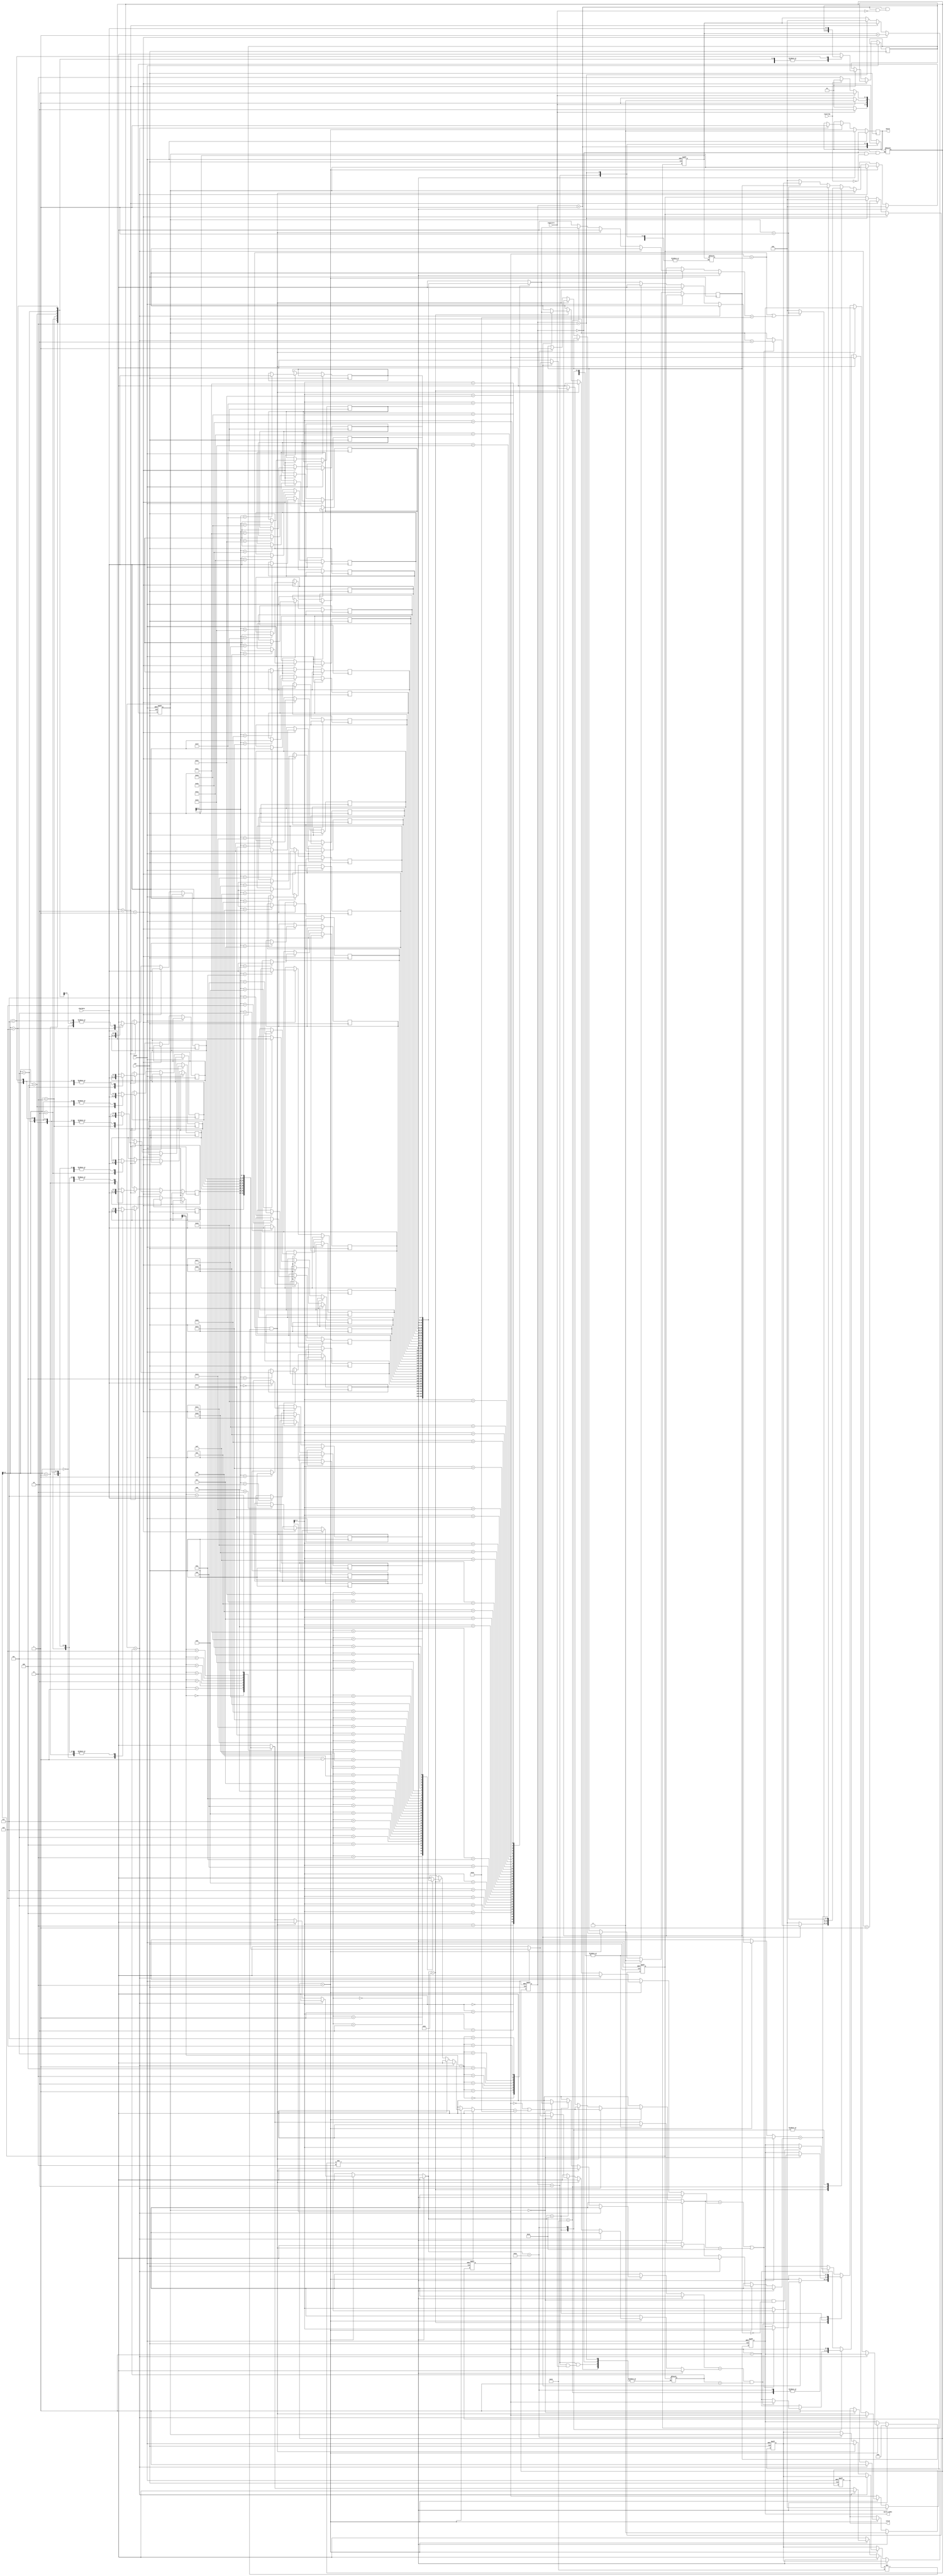
module SME(clk,reset,chardata,isstring,ispattern,valid,match,match_index);
input clk;
input reset;
input [7:0] chardata;
input isstring;
input ispattern;
output reg match;
output reg [4:0] match_index;
output reg valid;

parameter   Idle = 2'b00;          //State 0
parameter   String = 2'b01;        //State 1
parameter   Pattern = 2'b10;       //State 2
parameter   Matching = 2'b11;      //State 3

reg[1:0] s_cur;
reg[1:0] s_next;
reg[7:0] string[31:0];
reg[7:0] pattern[7:0];
reg[5:0] mul_pointer;
reg[5:0] s_count,s_len,s_pointer;
reg[5:0] p_count,p_len,p_pointer;
reg ismul;
integer i;


always @(posedge clk or posedge reset) begin        //switch state && store cahr
    if(reset)begin
        s_cur <= Idle;
        s_count <=1'd0;
        p_count <=1'd0;
    end
    else begin
        s_cur <= s_next;
        if (s_next==String) begin
            string[s_count] <= chardata;
            s_count <= s_count +1'd1;
        end
        else if (s_next==Pattern) begin
            pattern[p_count] = chardata;
            p_count <= p_count +1'd1;
        end
        else if (s_cur==Matching) begin
            s_count <=1'd0;
            p_count <=1'd0;
        end
    end
end

always @(*) begin                                   //FSM
    case (s_cur)
        Idle: begin                                 //initial var
            if (isstring) s_next = String;
        end
        String: begin                               //get String len
            if (ispattern) begin
                s_next = Pattern;
                s_len = s_count;
            end 
            else s_next = String;
        end
        Pattern: begin                              //get Pattern len
            if (!ispattern) begin
                s_next = Matching;
                p_len = p_count;
            end 
            else s_next = Pattern;
        end
        Matching: begin                             //reset counter
            if (ispattern) s_next = Pattern;
            else if (isstring) s_next = String;
            else s_next = Matching;
        end
    endcase
end

always @(posedge clk or posedge reset) begin                   //classfy match or not
    if (reset) begin
        valid <= 1'b0;
        p_pointer <=1'd0;
        s_pointer <= 1'd0;
        mul_pointer <=1'd0;
        match_index <= 1'd0;
    end
    else begin
        if (s_next != Matching) begin                           //if not matching reset value   
            p_pointer <=1'd0;
            s_pointer <= 1'd0;
            match_index <= 1'd0;
            match <= 1'b0;
            ismul <= 1'b0;
            valid <= 1'b0;
        end
        else if (s_next == Matching) begin
            if (p_pointer == p_len) begin                                               //if match vaild is 1
                valid <= 1'b1;
                match <= 1'b1;
            end
            else if(s_pointer == s_len  && pattern[p_pointer] != 8'h24) begin          //if till the end then vaild, except "$"
                valid <= 1'b1;
            end
            else begin
                case (pattern[p_pointer])
                    8'h5e: begin                                                        //"^"
                        if (s_pointer == 0 || string[s_pointer-1] == 8'h20) begin       //head or space
                            if (pattern[p_pointer+1]==string[s_pointer] || pattern[p_pointer+1]==8'h2e) begin
                                p_pointer <= p_pointer +2'd2;
                                match_index <= s_pointer;
                            end
                        end
                        else  p_pointer <= 1'd0;
                        s_pointer <= s_pointer +1'd1;
                    end
                    8'h24: begin                                                        //"$"
                        if (s_pointer == s_len || string[s_pointer] == 8'h20) begin
                            p_pointer<= p_pointer +1'd1;
                        end
                        else p_pointer <= 1'd0;
                        s_pointer <= s_pointer +1'd1;
                    end
                    8'h2e: begin                                                        //"." just pass by
                        if (p_pointer ==0) begin                                        //if "." is at the beginning
                            if (string[s_pointer] == pattern[p_pointer+1] && p_len>1) begin        //and if the second one is match & not only one "."
                                match_index <= s_pointer-1'd1;
                                p_pointer <= p_pointer +1'd1;
                            end
                            else begin
                                match_index <= s_pointer;
                                p_pointer <= p_pointer +1'd1;
                                s_pointer <= s_pointer +1'd1;
                            end
                        end
                        else begin
                            p_pointer <= p_pointer +1'd1;
                            s_pointer <= s_pointer +1'd1;
                        end
                    end
                    8'h2a: begin                                                        //"*"
                        ismul <=1'b1;                                                   //change some pattern value
                        mul_pointer <= p_pointer;
                        p_pointer <= p_pointer +1'd1;
                    end
                    default: begin                                                      //only words
                        if (string[s_pointer] == pattern[p_pointer]) begin
                            if (p_pointer == 0 && !ismul) match_index <= s_pointer;     //if have "*", don't update the value
                            p_pointer <= p_pointer +1'd1;
                        end
                        else begin
                            if (ismul) begin                                            //don't chcek from begin, position after "*"
                                p_pointer <= mul_pointer;
                            end
                            else p_pointer <= 1'd0;                                         //if not Continual, set to 0
                        end 
                        s_pointer <= s_pointer +1'd1;
                    end
                endcase
            end
        end
    end
end
endmodule